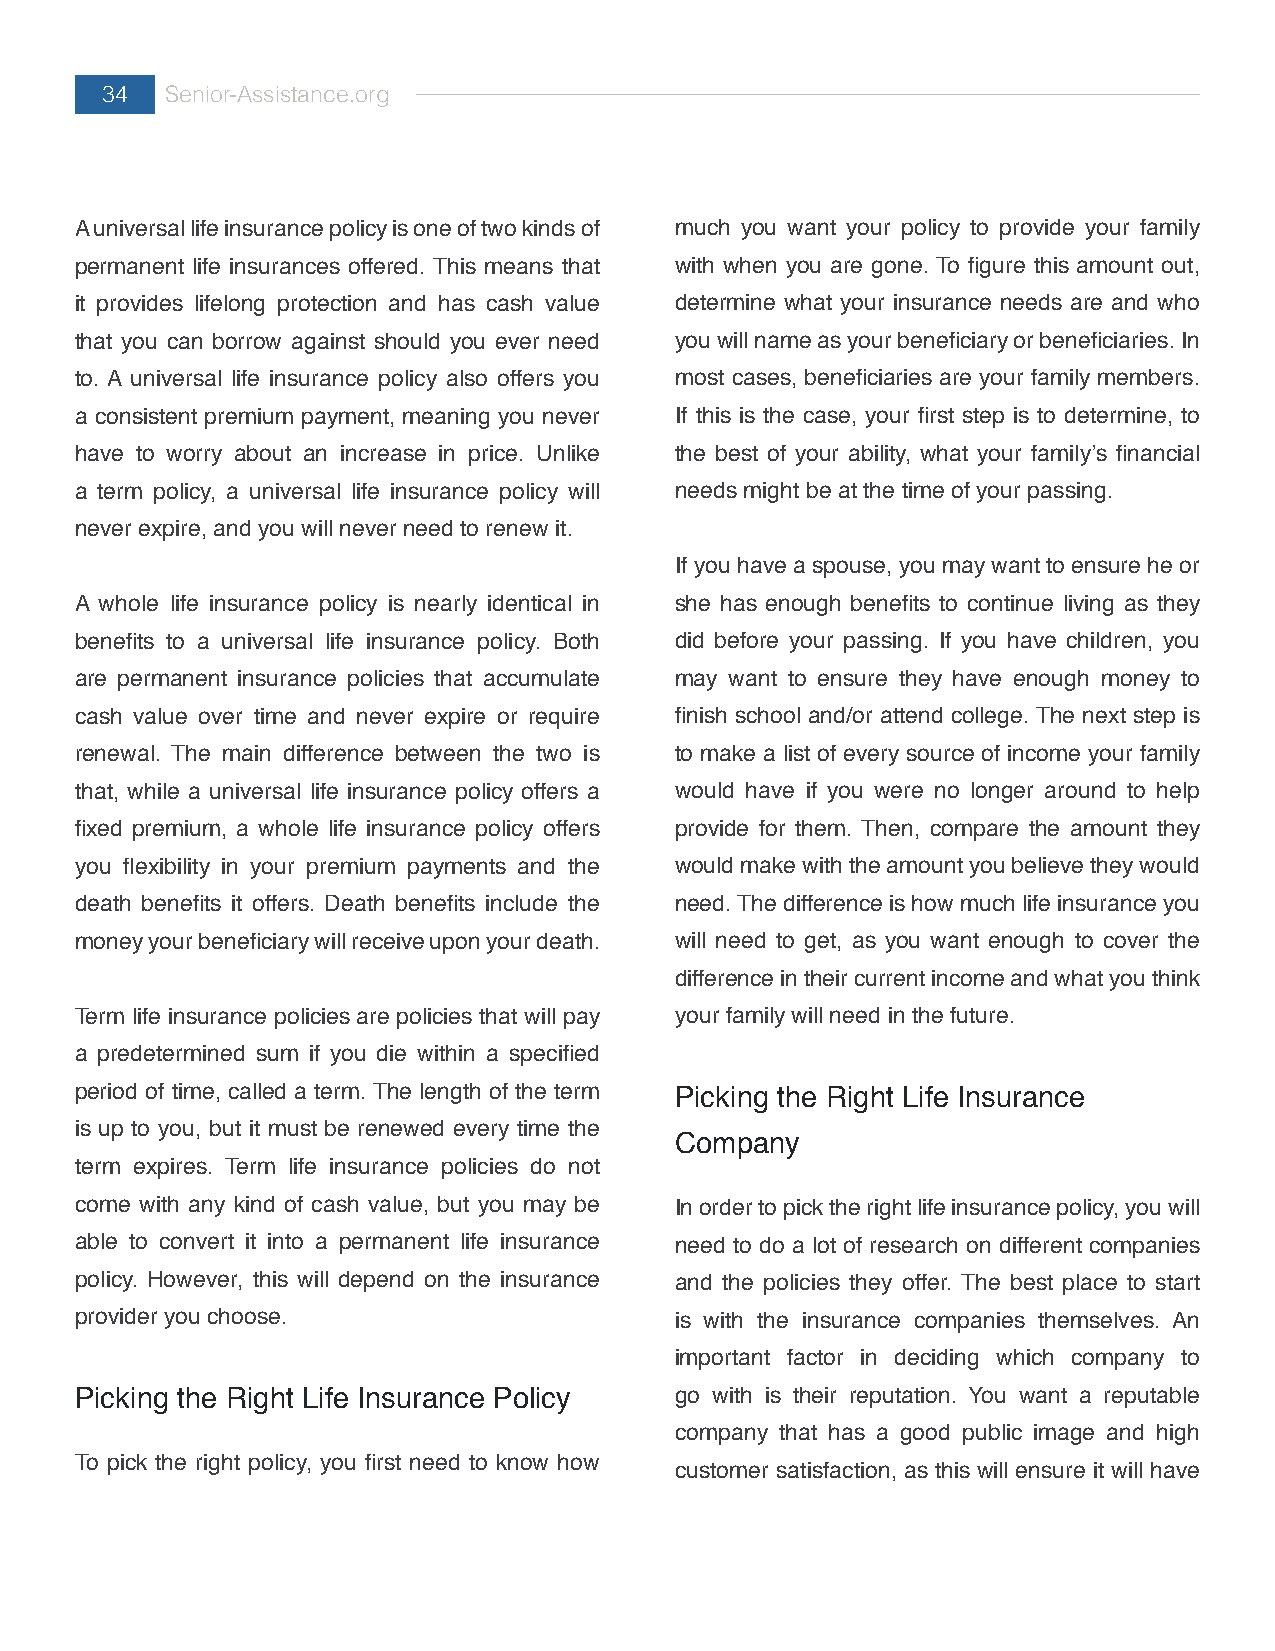
34  Senior-Assistance.org
 A universal life insurance policy is one of two kinds of much you want your policy to provide your family
 permanent life insurances offered. This means that with when you are gone. To figure this amount out,
 it provides lifelong protection and has cash value determine what your insurance needs are and who
 that you can borrow against should you ever need you will name as your beneficiary or beneficiaries. In
 to. A universal life insurance policy also offers you most cases, beneficiaries are your family members.
 a consistent premium payment, meaning you never If this is the case, your first step is to determine, to
 have to worry about an increase in price. Unlike the best of your ability, what your family’s financial
 a term policy, a universal life insurance policy will needs might be at the time of your passing.
 never expire, and you will never need to renew it.
 If you have a spouse, you may want to ensure he or
 A whole life insurance policy is nearly identical in she has enough benefits to continue living as they
 benefits to a universal life insurance policy. Both did before your passing. If you have children, you
 are permanent insurance policies that accumulate may want to ensure they have enough money to
 cash value over time and never expire or require finish school and/or attend college. The next step is
 renewal. The main difference between the two is to make a list of every source of income your family
 that, while a universal life insurance policy offers a would have if you were no longer around to help
 fixed premium, a whole life insurance policy offers provide for them. Then, compare the amount they
 you flexibility in your premium payments and the would make with the amount you believe they would
 death benefits it offers. Death benefits include the need. The difference is how much life insurance you
 money your beneficiary will receive upon your death. will need to get, as you want enough to cover the
 difference in their current income and what you think
 Term life insurance policies are policies that will pay your family will need in the future.
 a predetermined sum if you die within a specified
 period of time, called a term. The length of the term Picking the Right Life Insurance
 is up to you, but it must be renewed every time the
 Company
 term expires. Term life insurance policies do not
 come with any kind of cash value, but you may be In order to pick the right life insurance policy, you will
 able to convert it into a permanent life insurance need to do a lot of research on different companies
 policy. However, this will depend on the insurance and the policies they offer. The best place to start
 provider you choose.                    is with the insurance companies themselves. An
 important factor in deciding which company to
 Picking the Right Life Insurance Policy go with is their reputation. You want a reputable
 company that has a good public image and high
 To pick the right policy, you first need to know how
 customer satisfaction, as this will ensure it will have